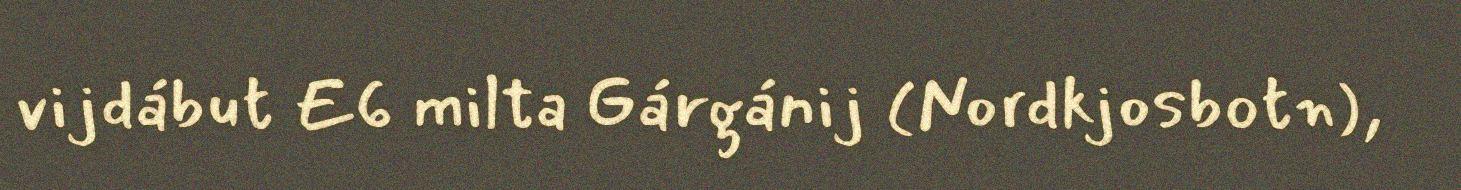
vijdábut E6 milta Gárgánij (Nordkjosbotn),